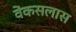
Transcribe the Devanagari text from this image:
वेंकसलास